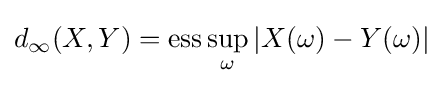
d_{\infty }(X,Y)=\operatorname {ess} \sup _{\omega }|X(\omega )-Y(\omega )|